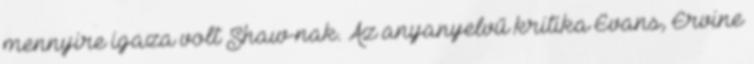
mennyire igaza volt Shaw-nak. Az anyanyelvű kritika Evans, Ervine